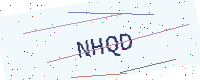
Text: NHQD